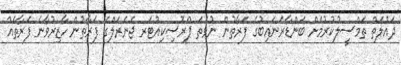
ދައުލަތް ތަމްސީލުކުރުމަށް ބަންޑާރަނައިބުގެ ފަރާތުން ނުވަތަ ޕްރޮސިކިއުޓަރ ޖެނެރަލްގެ ފަރާތުން ހާޒިރުވާނެ ފަރާތެއް